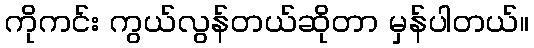
ကိုကင်း ကွယ်လွန်တယ်ဆိုတာ မှန်ပါတယ်။